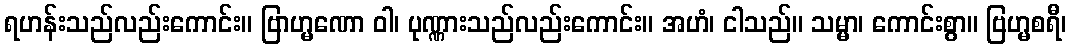
ရဟန်းသည်လည်းကောင်း။ ဗြာဟ္မဏော ဝါ၊ ပုဏ္ဏားသည်လည်းကောင်း။ အဟံ၊ ငါသည်။ သမ္မာ၊ ကောင်းစွာ။ ဗြဟ္မစရီ၊